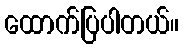
ထောက်ပြပါတယ်။